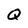
Character: Q